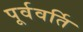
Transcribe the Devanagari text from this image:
पूर्ववर्ति